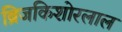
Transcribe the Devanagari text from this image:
ब्रिजकिशोरलाल